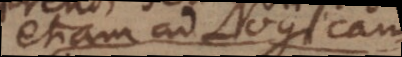
etiam ad Logicam